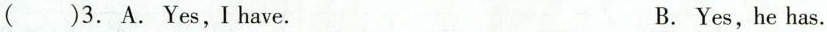
( )3. A. Yes,Ihave. B. Yes, he has.